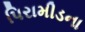
પિરામીડના